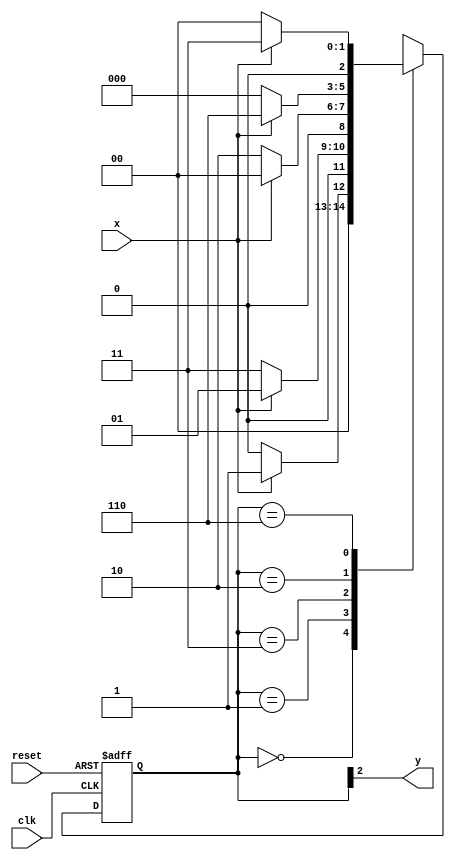
// ---------------------------------------- 
// Moore1001
// Nome: Alvaro Henrique de Araujo Rungue 
// ----------------------------------------


// -------------- 
// --- Moore FSM 
// -------------- 

/* 
															Moore FSM Diagram 
				 										____________________ 
									 				  /                    \
				     1          1     v      0             1      1| //-- found 
		  [start] ---> [id1] ---> [id11] ---> [id110] ---> [id1101] 
			^ \0     0 |      1/ ^      0 |    0 |
			 \_/       /      \__/        |      | 
		     \_______/                  /       | 
				\                        /       / 
				 \______________________/       / 
				  \                            / 
					\__________________________/ 
*/ 

//-- constant definition 
`define found 1 
`define notfound 0 

//-- FSM by Moore 
module moore1001 ( y, x, clk, reset ); 
output y; 
input x; 
input clk; 
input reset; 
reg y; 

parameter //-- state identifiers 
start = 3'b000, 
id1 = 3'b001, 
id11 = 3'b011, 
id110 = 3'b010, 

id1001 = 3'b110; //-- signal found 
reg [2:0] E1; //-- current state variables 
reg [2:0] E2; //-- next state logic output 

//-- next state logic 

always @( x or E1 ) 

begin 
	case( E1 ) 

start: 

if ( x ) 
	E2 = id1; //-- Ate AQUI TEMOS 1
else 
	E2 = start; 

id1: 

if ( x ) 
	E2 = id1; 
else 
	E2 = id11; //-- Ate AQUI TEMOS 10

id11: 

if ( x ) 
	E2 = start; 
else 
	E2 = id110; //-- Ate AQUI TEMOS 100

id110: 

if ( x ) 
	E2 = id1001; //-- Ate AQUI TEMOS 1001
else 
	E2 = start; 

id1001: 

if ( x ) 
	E2 = id11; 
else 
	E2 = start; 
	default: //-- undefined statee 
	E2 = 3'bxxx; 

endcase 

end //-- always at signal or state changing 

//-- state variables 

always @( posedge clk or negedge reset ) 

begin 
if ( reset ) 
	E1 = E2; // updates current state 
else 
	E1 = 0; // reset 

end //-- always at signal changing 

//-- output logic 

	always @( E1 ) 
begin 
	y = E1[2]; //-- first bit of state value 
end //-- always at state changing 

endmodule //-- moore1001